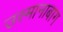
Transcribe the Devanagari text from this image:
उस्मानाबाग